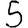
Digit: 5